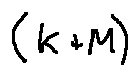
( k + M )